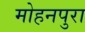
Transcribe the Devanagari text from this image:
मोहनपुरा